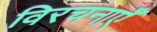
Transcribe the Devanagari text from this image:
विरचनाएँ